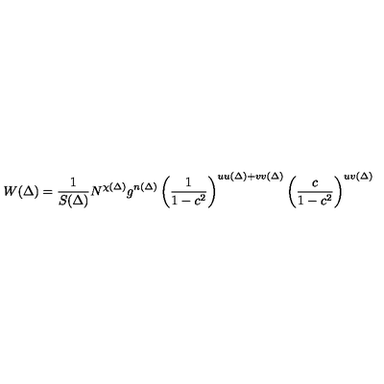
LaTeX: W ( \Delta ) = \frac { 1 } { S ( \Delta ) } N ^ { \chi ( \Delta ) } g ^ { n ( \Delta ) } \left( \frac { 1 } { 1 - c ^ { 2 } } \right) ^ { u u ( \Delta ) + v v ( \Delta ) } \left( \frac { c } { 1 - c ^ { 2 } } \right) ^ { u v ( \Delta ) }